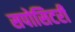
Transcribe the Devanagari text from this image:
सपोसिटरी